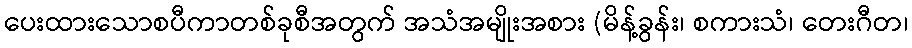
ပေးထားသောစပီကာတစ်ခုစီအတွက် အသံအမျိုးအစား (မိန့်ခွန်း၊ စကားသံ၊ တေးဂီတ၊